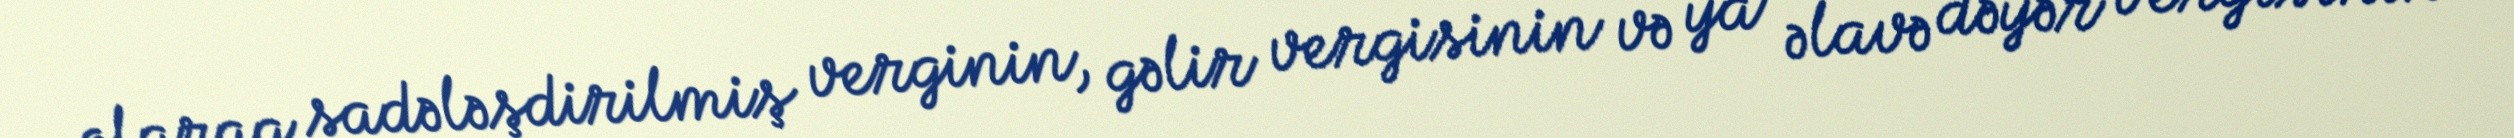
olaraq sadələşdirilmiş verginin, gəlir vergisinin və ya əlavə dəyər vergisinin